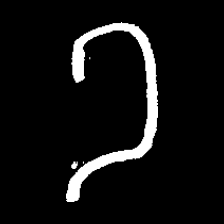
Pyu character \u2014 Myanmar letter: ခ (romanized: kha)